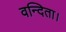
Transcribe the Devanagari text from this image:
वन्दिता।